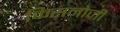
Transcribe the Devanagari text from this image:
किसनोजी